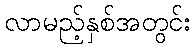
လာမည့်နှစ်အတွင်း